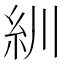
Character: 紃